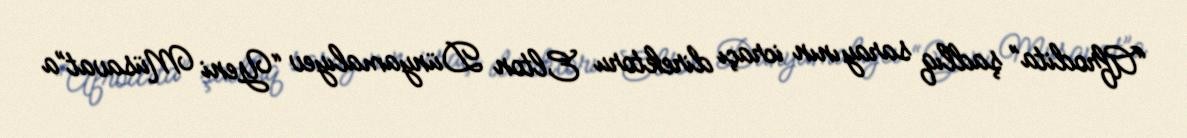
“Afrodita” şadlıq sarayının icraçı direktoru Elton Dünyamalıyev “Yeni Müsavat”a